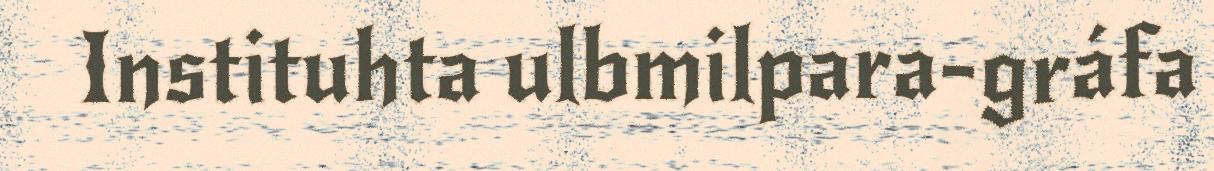
Instituhta ulbmilpara-gráfa